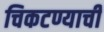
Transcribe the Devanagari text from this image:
चिकटण्याची